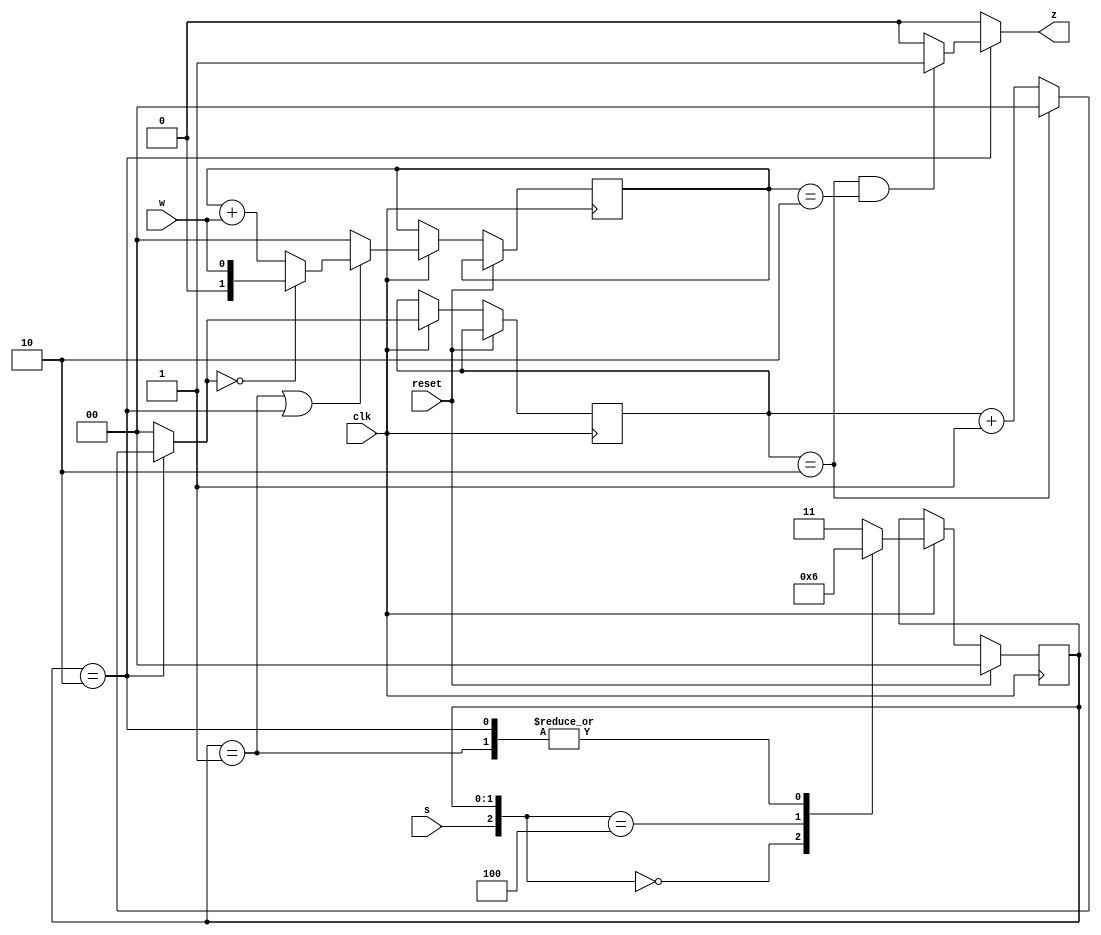
/*

Copyright 2022 Marc Ketel
SPDX-License-Identifier: Apache-2.0

*/

`default_nettype none

module top_module (
    input  wire clk,
    input  wire reset,
    input  wire s,
    input  wire w,
    output reg  z
);

  parameter STATE_A = 2'b00;
  parameter STATE_B = 2'b01;
  parameter STATE_C = 2'b10;
  parameter STATE_ILLEGAL = 2'b11;

  reg [1:0] state = STATE_A, next_state = STATE_A;
  reg [1:0] cyclecounter = 2'b0, next_cyclecounter = 2'b0;
  reg [1:0] bitcounter = 2'b0, next_bitcounter = 2'b0;
  reg flag = 1'b0;

  //Determine next state.
  always @(*) begin
    casez ({
      s, state
    })
      {1'b0, STATE_A} : next_state = STATE_A;
      {1'b1, STATE_A} : next_state = STATE_B;
      {1'bz, STATE_B} : next_state = STATE_C;
      {1'bz, STATE_C} : next_state = STATE_C;

      default: next_state = STATE_ILLEGAL;
    endcase

    if (state == STATE_C) begin
      //Keep track of the 3 clock cycle interval.
      if (cyclecounter == 2'b10) next_cyclecounter = 2'b0;
      else next_cyclecounter = cyclecounter + 2'b1;

      //Raise flag when on cycle 3 and counted 2 bits.
      if (cyclecounter == 2'b10 && bitcounter == 2'b10) flag = 1'b1;
      else flag = 1'b0;
    end else begin
      //Not in correct state.
      next_cyclecounter = 2'b0;
      flag = 1'b0;
    end

    if (state == STATE_B || state == STATE_C) begin
      //Keep track of bits during the 3 clock interval.
      if (next_cyclecounter == 2'b0) next_bitcounter = w;
      else next_bitcounter = bitcounter + w;
    end else next_bitcounter = 2'b0;

  end

  //State transition.
  always @(posedge clk) begin
    if (reset) begin
      state <= STATE_A;
    end else if (clk) begin
      state <= next_state;
      cyclecounter <= next_cyclecounter;
      bitcounter <= next_bitcounter;
    end
  end

  //Determine output.
  always @(*) begin
    z = flag;
  end
endmodule